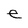
Character: e